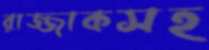
রাজ্জাকসহ